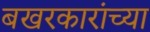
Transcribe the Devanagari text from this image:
बखरकारांच्या